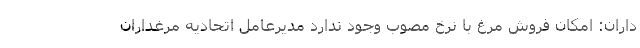
داران: امکان فروش مرغ با نرخ مصوب وجود ندارد مدیرعامل اتحادیه مرغداران